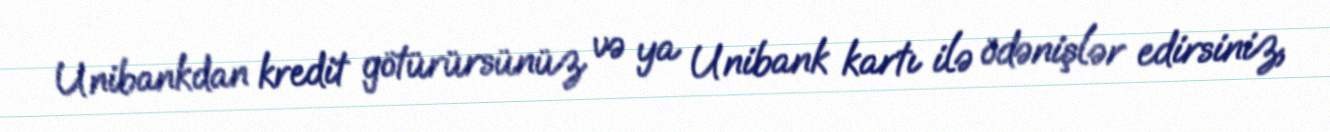
Unibankdan kredit götürürsünüz və ya Unibank kartı ilə ödənişlər edirsiniz,